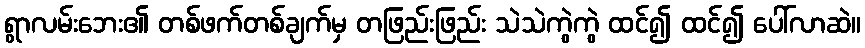
ရွာလမ်းဘေး၏ တစ်ဖက်တစ်ချက်မှ တဖြည်းဖြည်း သဲသဲကွဲကွဲ ထင်၍ ထင်၍ ပေါ်လာဆဲ။